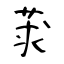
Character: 莍